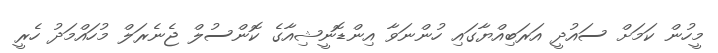
މީހުން ކަމަށް ސައުދީ އަރަބިއްޔާގައި ހުންނަވާ އިންޑޮނީޝިއާގެ ކޮންސުލް ޖެނެރަލް މުހައްމަދު ހެރީ